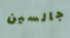
جالسين